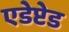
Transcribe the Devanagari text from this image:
एडेप्टेड